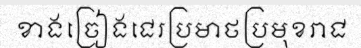
ខាងច្រៀងជេរប្រមាថប្រមុខរាជ